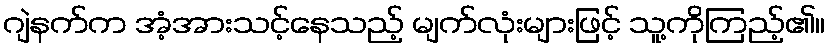
ဂျဲနက်က အံ့အားသင့်နေသည့် မျက်လုံးများဖြင့် သူ့ကိုကြည့်၏။